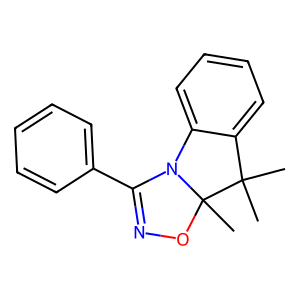
SMILES: CC1(C)c2ccccc2N2C(c3ccccc3)=NOC21C
Inhibits HIV replication: No